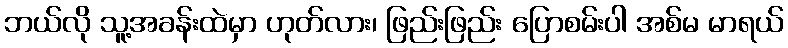
ဘယ်လို သူ့အခန်းထဲမှာ ဟုတ်လား၊ ဖြည်းဖြည်း ပြောစမ်းပါ အစ်မ မာရယ်